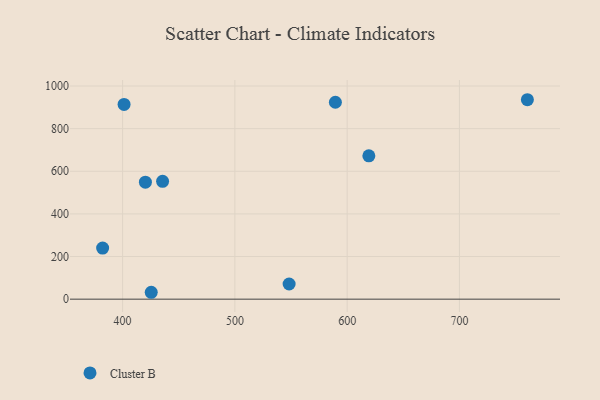
{"axis": {"x": "Investment", "y": "Rating"}, "legend": ["Cluster B"], "data": [{"x": "425.5", "y": 32.3, "type": "Cluster B"}, {"x": "548.3", "y": 71.1, "type": "Cluster B"}, {"x": "401.3", "y": 913.6, "type": "Cluster B"}, {"x": "619.3", "y": 672.2, "type": "Cluster B"}, {"x": "589.5", "y": 923.7, "type": "Cluster B"}, {"x": "435.6", "y": 552.9, "type": "Cluster B"}, {"x": "382.2", "y": 239.5, "type": "Cluster B"}, {"x": "420.3", "y": 548.8, "type": "Cluster B"}, {"x": "760.5", "y": 935.6, "type": "Cluster B"}]}